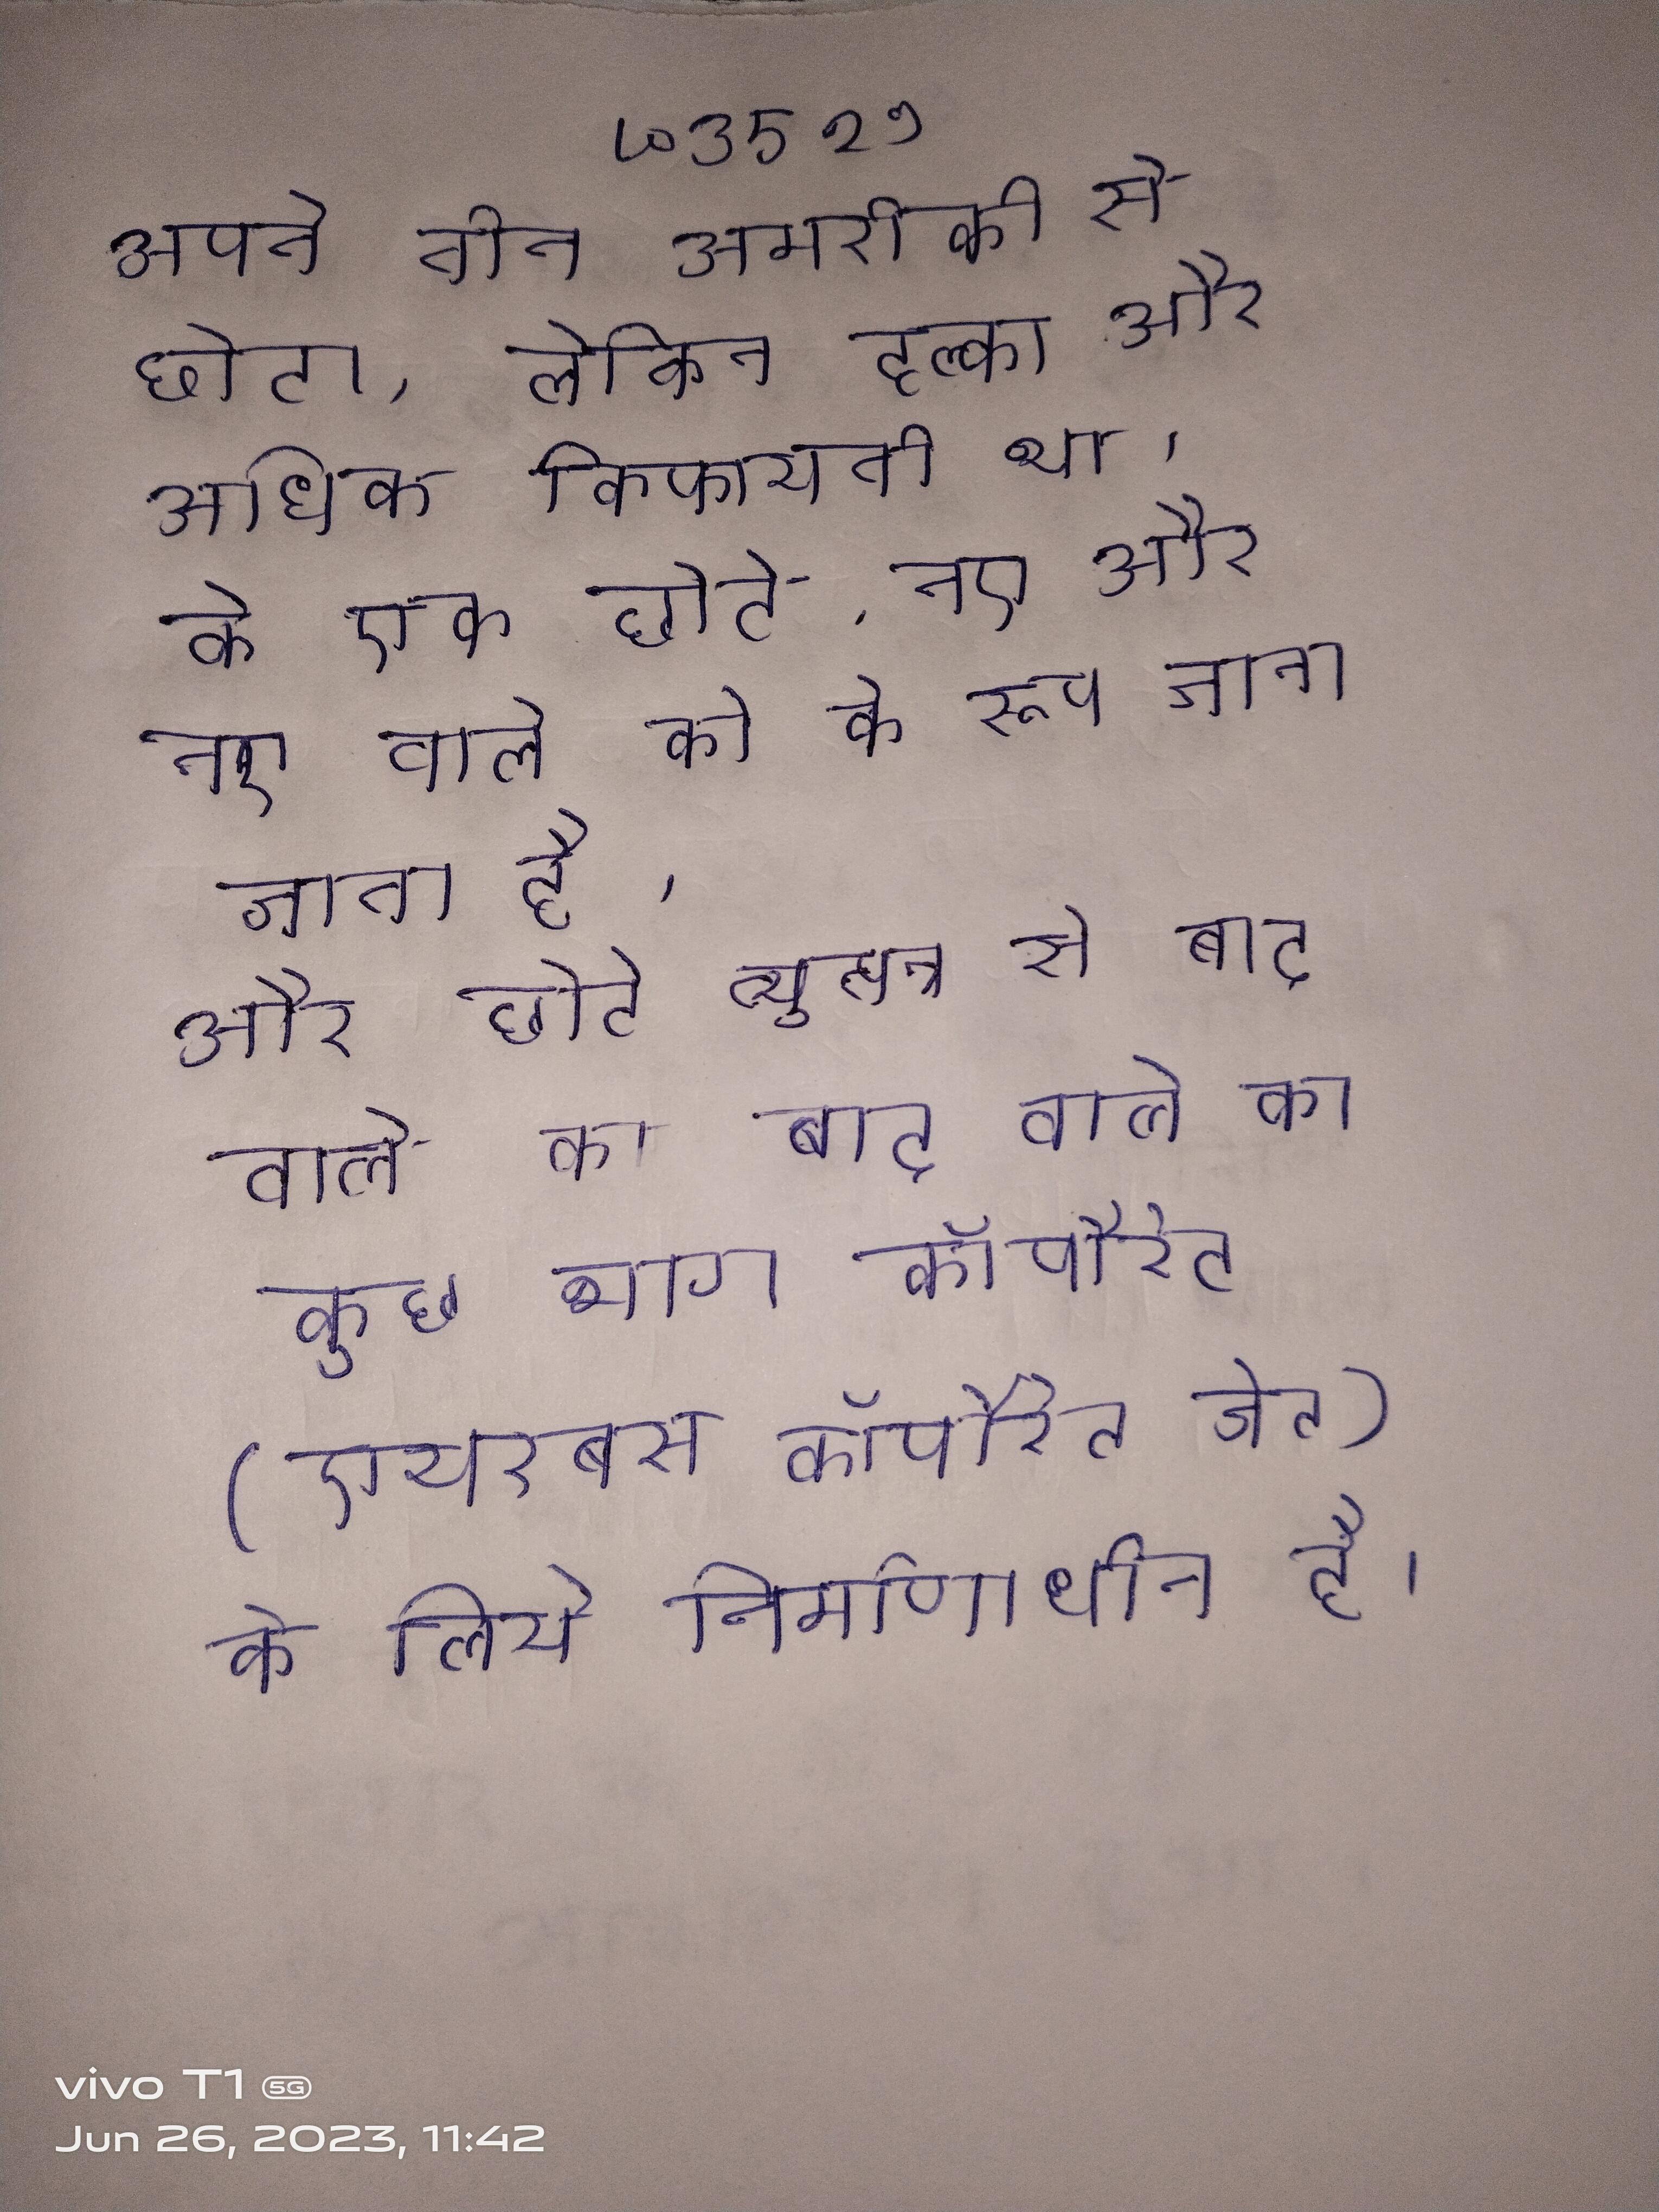
अपने तीन अमरीकी से छोटा, लेकिन हल्का और अधिक किफायती था । के एक छोटे, नए और नए वाले को के रूप जाना जाता है । और छोटे व्युत्पन्न से बाद वाले का कुछ भाग कॉर्पोरेट (एयरबस कॉर्पोरेट जेट) के लिये निर्माणाधीन है ।